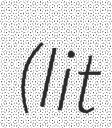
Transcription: (lit